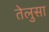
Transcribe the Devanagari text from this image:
तेलुसा